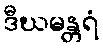
ဒီဃမန္တရံ